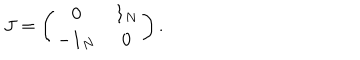
LaTeX: J = \left( \begin{matrix} { { { \bf 0 } } } & { { { \bf 1 } _ { N } } } \\ { { - { \bf 1 } _ { N } } } & { { { \bf 0 } } } \\ \end{matrix} \right) .